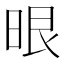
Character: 𭦂